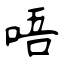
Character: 唔